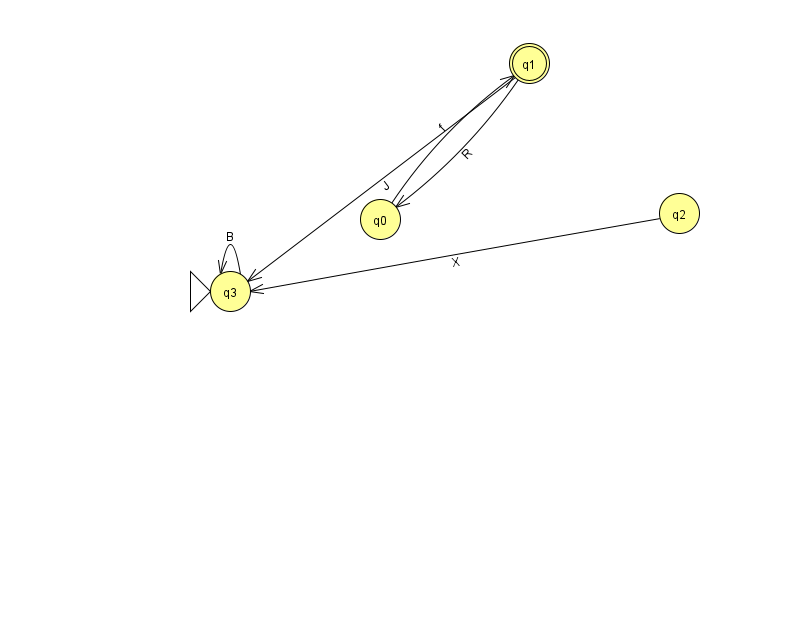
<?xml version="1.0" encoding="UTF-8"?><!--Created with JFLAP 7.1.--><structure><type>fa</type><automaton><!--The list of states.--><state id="0" name="q0"><x>380.0</x><y>206.0</y></state><state id="1" name="q1"><x>529.0</x><y>50.0</y><final/></state><state id="2" name="q2"><x>679.0</x><y>200.0</y></state><state id="3" name="q3"><x>230.0</x><y>278.0</y><initial/></state><!--The list of transitions.--><transition><from>0</from><to>1</to><read>f</read></transition><transition><from>3</from><to>3</to><read>B</read></transition><transition><from>1</from><to>0</to><read>R</read></transition><transition><from>1</from><to>3</to><read>J</read></transition><transition><from>2</from><to>3</to><read>X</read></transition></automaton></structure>